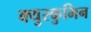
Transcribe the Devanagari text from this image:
क्युरकुमिन